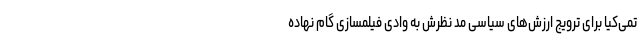
تمی‌کیا برای ترویج ارزش‌های سیاسی مد نظرش به وادی فیلمسازی گام نهاده